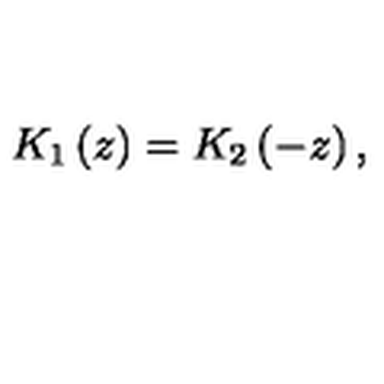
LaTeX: K _ { 1 } \left( z \right) = K _ { 2 } \left( - z \right) ,